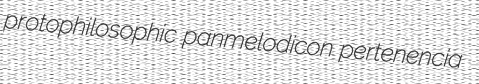
protophilosophic panmelodicon pertenencia